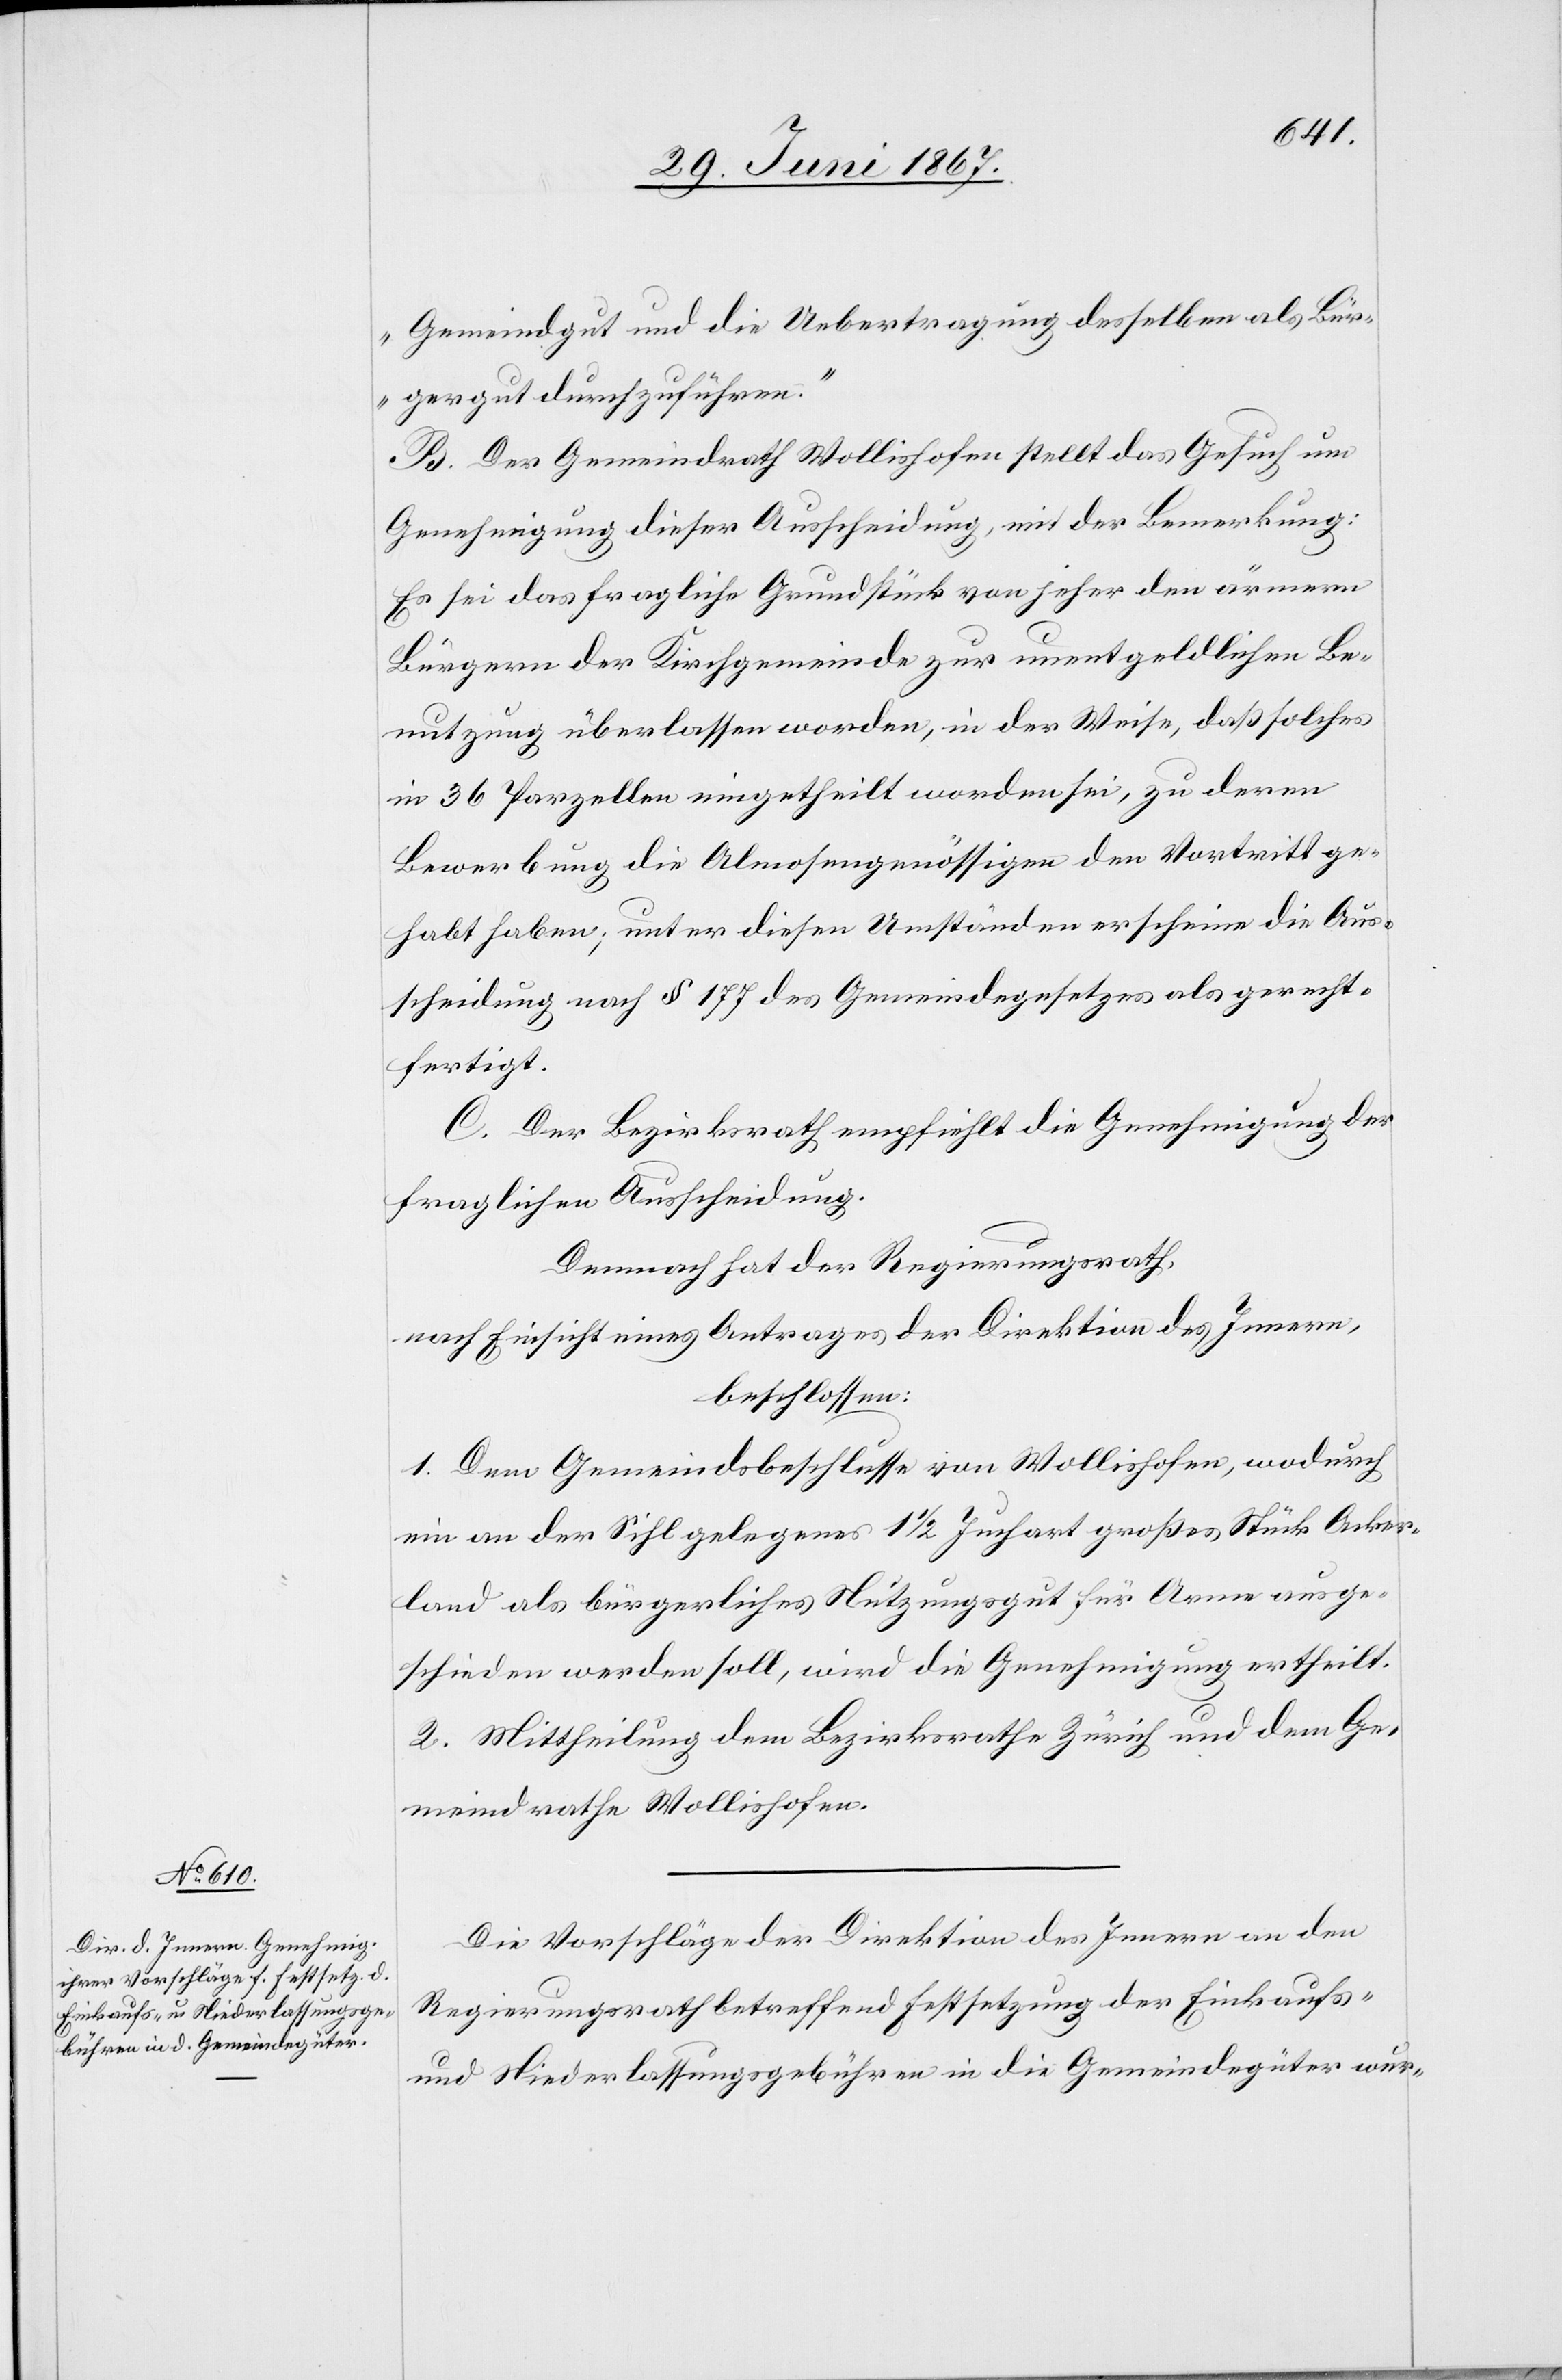
Gemeindgut und die Uebertragung desselben als Bür¬
gergut durchzuführen.“
B. Der Gemeindrath Wollishofen stellt das Gesuch um
Genehmigung dieser Ausscheidung, mit der Bemerkung:
Es sei das fragliche Grundstück von jeher den ärmern
Bürgern der Kirchgemeinde zur unentgeldlichen Be¬
nutzung überlassen worden, in der Weise, daß solches
in 46 Parzellen eingetheilt worden sei, zu deren
Bewerbung die Almosengenössigen den Vortritt ge¬
habt haben; unter diesen Umständen erscheine die Aus¬
scheidung nach § 177 des Gemeindegesetzes als gerecht¬
fertigt.
C. Der Bezirksrath empfiehlt die Genehmigung der
fraglichen Ausscheidung.
Demnach hat der Regierungsrath,
nach Einsicht eines Antrages der Direktion des Innern,
beschlossen:
1. Dem Gemeindsbeschlusse von Wollishofen, wodurch
ein an der Sihl gelegenes 1 1/2 Juchart großes Stück Acker¬
land als bürgerliches Nutzungsgut für Arme ausge¬
schieden werden soll, wird die Genehmigung ertheilt.
2. Mittheilung dem Bezirksrathe Zürich und dem Ge¬
meindrathe Wollishofen.
Die Vorschläge der Direktion des Innern an den
Regierungsrath betreffend Festsetzung der Einkaufs-
und Niederlassungsgebühren in die Gemeindegüter wur-